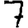
Digit: 7